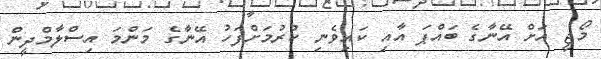
މޯޖީ އަށް އޭނާގެ ބައްޕަ އާއި ކައިވެނި ކުރުމަށްފަހު އޭނާގެ މަންމަ އިސްލާމްދީން